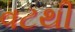
વટથી